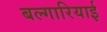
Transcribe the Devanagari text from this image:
बल्गारियाई